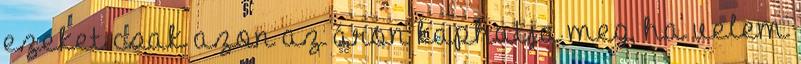
ezeket csak azon az áron kaphatja meg, ha velem